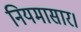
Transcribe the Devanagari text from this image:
नियमासार।